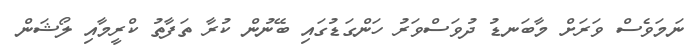
ނަމަވެސް ވަރަށް މާބަނޑު ދުވަސްވަރު ހަންގަޑުގައި ބޭނުން ކުރާ ތަފާތު ކްރީމާއި ލޯޝަން